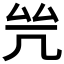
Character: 𠙃